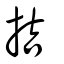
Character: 拮